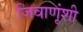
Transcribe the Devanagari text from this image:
जिवाणूंशी